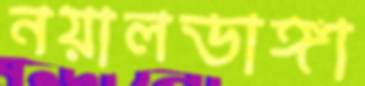
নয়ালডাঙ্গা